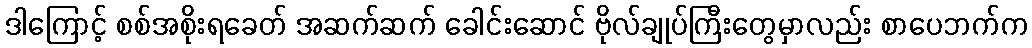
ဒါကြောင့် စစ်အစိုးရခေတ် အဆက်ဆက် ခေါင်းဆောင် ဗိုလ်ချုပ်ကြီးတွေမှာလည်း စာပေဘက်က